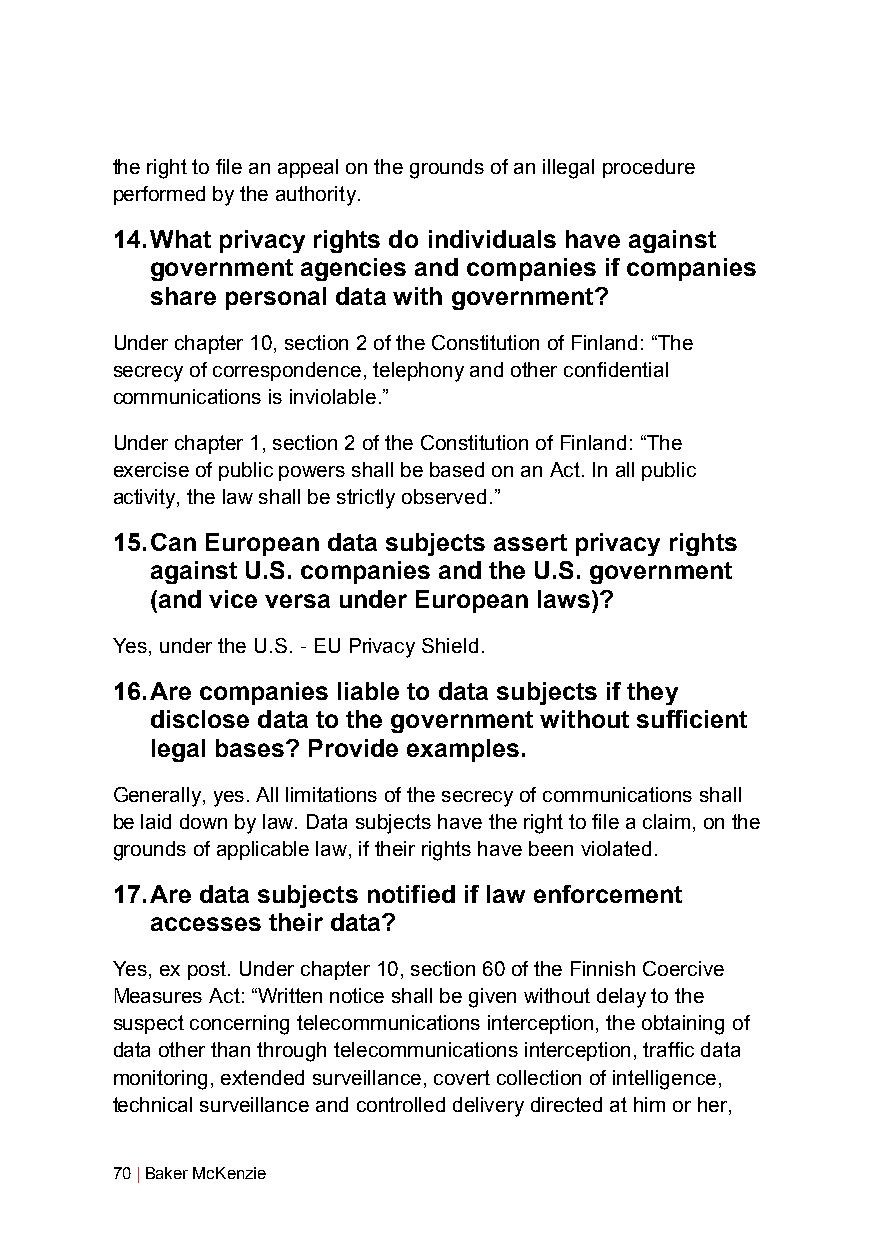
the right to file an appeal on the grounds of an illegal procedure
 performed by the authority.
 14. What privacy rights do individuals have against
 government agencies and companies if companies
 share personal data with government?
 Under chapter 10, section 2 of the Constitution of Finland: “The
 secrecy of correspondence, telephony and other confidential
 communications is inviolable.”
 Under chapter 1, section 2 of the Constitution of Finland: “The
 exercise of public powers shall be based on an Act. In all public
 activity, the law shall be strictly observed.”
 15. Can European data subjects assert privacy rights
 against U.S. companies and the U.S. government
 (and vice versa under European laws)?
 Yes, under the U.S. - EU Privacy Shield.
 16. Are companies liable to data subjects if they
 disclose data to the government without sufficient
 legal bases? Provide examples.
 Generally, yes. All limitations of the secrecy of communications shall
 be laid down by law. Data subjects have the right to file a claim, on the
 grounds of applicable law, if their rights have been violated.
 17. Are data subjects notified if law enforcement
 accesses their data?
 Yes, ex post. Under chapter 10, section 60 of the Finnish Coercive
 Measures Act: “Written notice shall be given without delay to the
 suspect concerning telecommunications interception, the obtaining of
 data other than through telecommunications interception, traffic data
 monitoring, extended surveillance, covert collection of intelligence,
 technical surveillance and controlled delivery directed at him or her,
 70 | Baker McKenzie